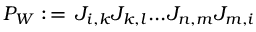
P _ { W } : \, = \, J _ { i , k } J _ { k , l } . . . J _ { n , m } J _ { m , i }